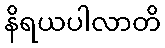
နိရယပါလာတိ